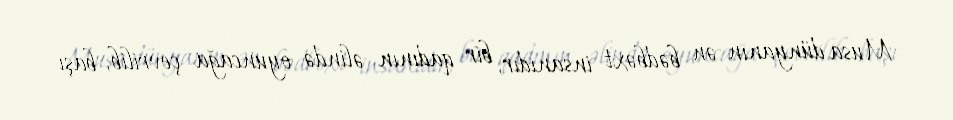
Musa dünyanın ən bədbəxt insanıdır, bir qadının əlində oyuncağa çevrilib, başı